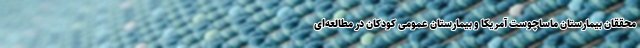
محققان بیمارستان ماساچوست آمریکا و بیمارستان عمومی کودکان در مطالعه‌ای